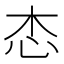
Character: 𢗦